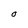
Character: O